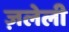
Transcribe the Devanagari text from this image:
ज़लेली